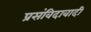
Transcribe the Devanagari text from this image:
प्रसंविदावादी